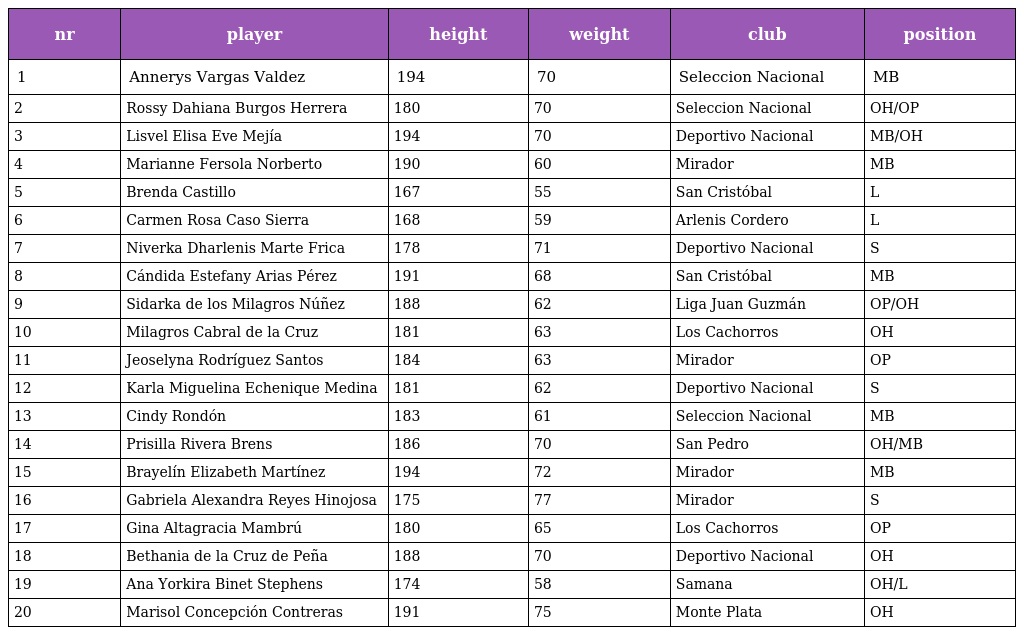
| nr | player | height | weight | club | position |
 | --- | --- | --- | --- | --- | --- |
 | 1 | Annerys Vargas Valdez | 194 | 70 | Seleccion Nacional | MB |
 | 2 | Rossy Dahiana Burgos Herrera | 180 | 70 | Seleccion Nacional | OH/OP |
 | 3 | Lisvel Elisa Eve Mejía | 194 | 70 | Deportivo Nacional | MB/OH |
 | 4 | Marianne Fersola Norberto | 190 | 60 | Mirador | MB |
 | 5 | Brenda Castillo | 167 | 55 | San Cristóbal | L |
 | 6 | Carmen Rosa Caso Sierra | 168 | 59 | Arlenis Cordero | L |
 | 7 | Niverka Dharlenis Marte Frica | 178 | 71 | Deportivo Nacional | S |
 | 8 | Cándida Estefany Arias Pérez | 191 | 68 | San Cristóbal | MB |
 | 9 | Sidarka de los Milagros Núñez | 188 | 62 | Liga Juan Guzmán | OP/OH |
 | 10 | Milagros Cabral de la Cruz | 181 | 63 | Los Cachorros | OH |
 | 11 | Jeoselyna Rodríguez Santos | 184 | 63 | Mirador | OP |
 | 12 | Karla Miguelina Echenique Medina | 181 | 62 | Deportivo Nacional | S |
 | 13 | Cindy Rondón | 183 | 61 | Seleccion Nacional | MB |
 | 14 | Prisilla Rivera Brens | 186 | 70 | San Pedro | OH/MB |
 | 15 | Brayelín Elizabeth Martínez | 194 | 72 | Mirador | MB |
 | 16 | Gabriela Alexandra Reyes Hinojosa | 175 | 77 | Mirador | S |
 | 17 | Gina Altagracia Mambrú | 180 | 65 | Los Cachorros | OP |
 | 18 | Bethania de la Cruz de Peña | 188 | 70 | Deportivo Nacional | OH |
 | 19 | Ana Yorkira Binet Stephens | 174 | 58 | Samana | OH/L |
 | 20 | Marisol Concepción Contreras | 191 | 75 | Monte Plata | OH |